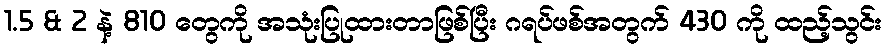
1.5 & 2 နဲ့ 810 တွေကို အသုံးပြုထားတာဖြစ်ပြီး ဂရပ်ဖစ်အတွက် 430 ကို ထည့်သွင်း